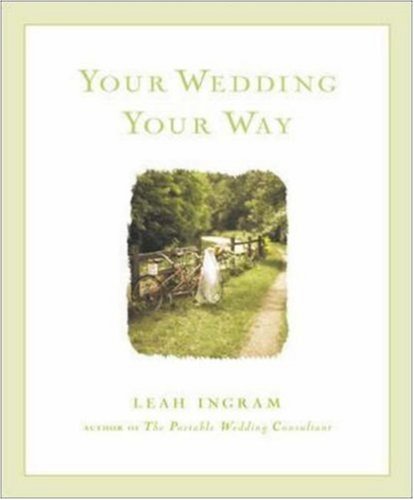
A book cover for Your Wedding Your Way; Leah Ingram; Crafts, Hobbies & Home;